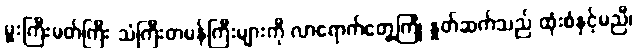
မှူးကြီးမတ်ကြီး သံကြီးတမန်ကြီးများကို လာရောက်တွေ့ကြုံ နှုတ်ဆက်သည် ထုံးစံနှင့်မညီ၊